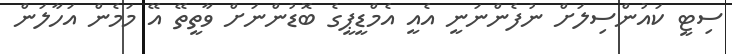
ސިޓީ ކައުންސިލަށް ނުފެންނަނީ އެއީ އެމްޑީޕީގެ ބޮޑުންނަށް ވާތީތޭ އޭ މަމެން އަހާލަން